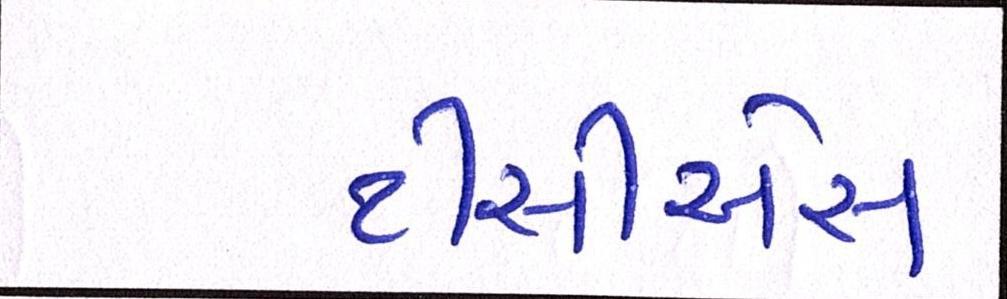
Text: ટીસીએસે